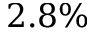
2 . 8 \%